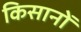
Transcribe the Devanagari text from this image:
किसानोँ